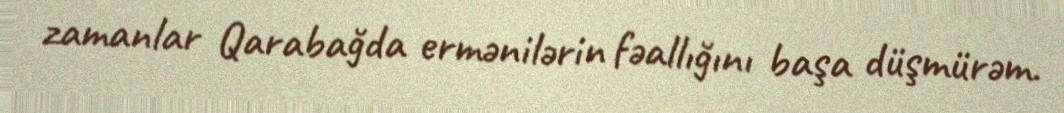
zamanlar Qarabağda ermənilərin fəallığını başa düşmürəm.